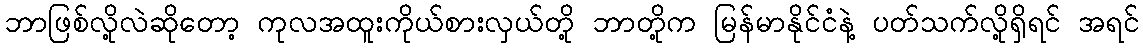
ဘာဖြစ်လို့လဲဆိုတော့ ကုလအထူးကိုယ်စားလှယ်တို့ ဘာတို့က မြန်မာနိုင်ငံနဲ့ ပတ်သက်လို့ရှိရင် အရင်